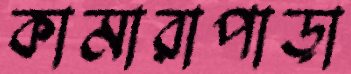
কামারাপাড়া